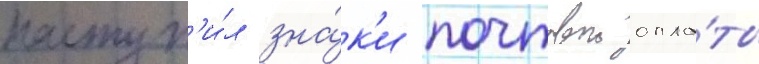
поступ'и́л зна́к'и почтовои опла́ты